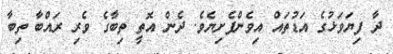
ދާ ފިޔަވަޅުގެ އަޑުތައް އިވެންފެށިޔެވެ. ދެން އޮތީ ތިބާގެ ވެރި ރައްބާ ތިބާ